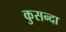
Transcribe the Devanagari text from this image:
कुसन्दा